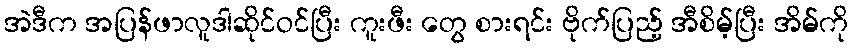
အဲဒီက အပြန်ဖာလူဒါဆိုင်ဝင်ပြီး ကူးဖီး တွေ စားရင်း ဗိုက်ပြည့် အီစိမ့်ပြီး အိမ်ကို